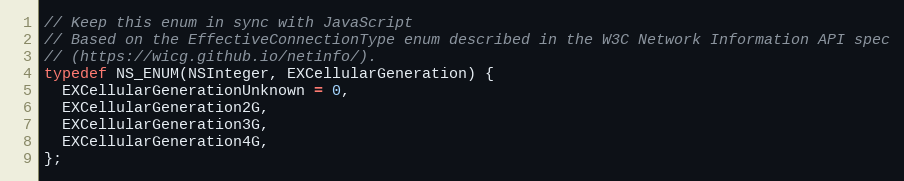
Language: C
// Keep this enum in sync with JavaScript
// Based on the EffectiveConnectionType enum described in the W3C Network Information API spec
// (https://wicg.github.io/netinfo/).
typedef NS_ENUM(NSInteger, EXCellularGeneration) {
  EXCellularGenerationUnknown = 0,
  EXCellularGeneration2G,
  EXCellularGeneration3G,
  EXCellularGeneration4G,
};